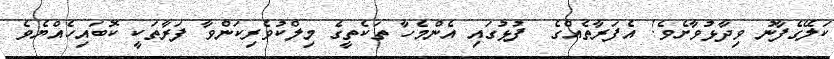
ކަލޭގެފާނު ވިދާޅުވާށެވެ! އެފަރާތެއްގެ  ފުޅުގައި އެންމެހާ ތަކެތީގެ މިލްކުވެރިކަންވާ ފަރާތަކީ ކޮބައިހެއްޔެވެ